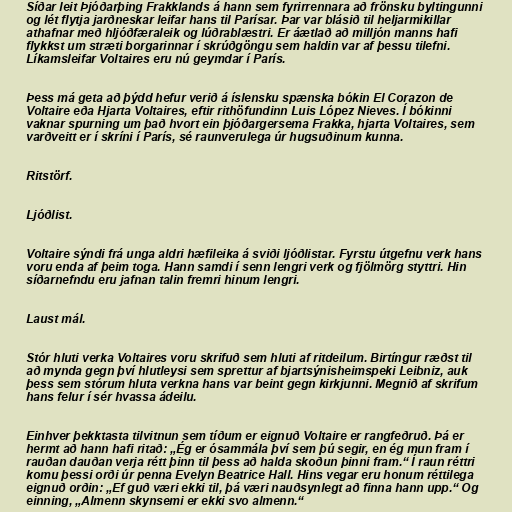
Síðar leit Þjóðarþing Frakklands á hann sem fyrirrennara að frönsku byltingunni
og lét flytja jarðneskar leifar hans til Parísar. Þar var blásið til heljarmikillar
athafnar með hljóðfæraleik og lúðrablæstri. Er áætlað að milljón manns hafi
flykkst um stræti borgarinnar í skrúðgöngu sem haldin var af þessu tilefni.
Líkamsleifar Voltaires eru nú geymdar í París.

Þess má geta að þýdd hefur verið á íslensku spænska bókin El Corazon de
Voltaire eða Hjarta Voltaires, eftir rithöfundinn Luis López Nieves. Í bókinni
vaknar spurning um það hvort ein þjóðargersema Frakka, hjarta Voltaires, sem
varðveitt er í skríni í París, sé raunverulega úr hugsuðinum kunna.

Ritstörf.

Ljóðlist.

Voltaire sýndi frá unga aldri hæfileika á sviði ljóðlistar. Fyrstu útgefnu verk hans
voru enda af þeim toga. Hann samdi í senn lengri verk og fjölmörg styttri. Hin
síðarnefndu eru jafnan talin fremri hinum lengri.

Laust mál.

Stór hluti verka Voltaires voru skrifuð sem hluti af ritdeilum. Birtíngur ræðst til
að mynda gegn því hlutleysi sem sprettur af bjartsýnisheimspeki Leibniz, auk
þess sem stórum hluta verkna hans var beint gegn kirkjunni. Megnið af skrifum
hans felur í sér hvassa ádeilu.

Einhver þekktasta tilvitnun sem tíðum er eignuð Voltaire er rangfeðruð. Þá er
hermt að hann hafi ritað: „Ég er ósammála því sem þú segir, en ég mun fram í
rauðan dauðan verja rétt þinn til þess að halda skoðun þinni fram.“ Í raun réttri
komu þessi orði úr penna Evelyn Beatrice Hall. Hins vegar eru honum réttilega
eignuð orðin: „Ef guð væri ekki til, þá væri nauðsynlegt að finna hann upp.“ Og
einning, „Almenn skynsemi er ekki svo almenn.“